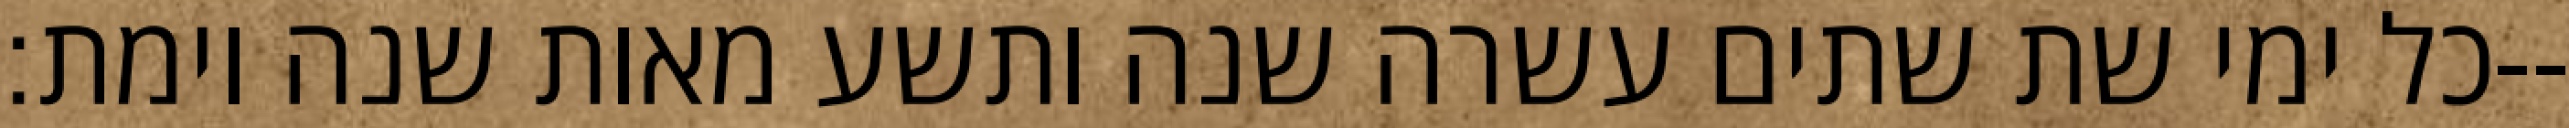
כל ימי שת שתים עשרה שנה ותשע מאות שנה וימת׃--